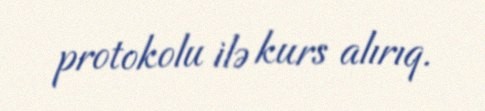
protokolu ilə kurs alırıq.